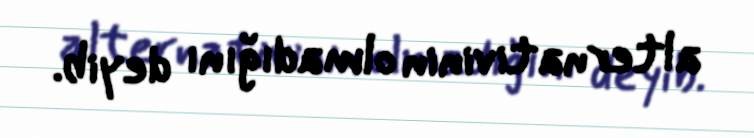
alternativinin olmadığını deyib.